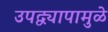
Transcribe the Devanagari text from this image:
उपद्व्यापामुळे